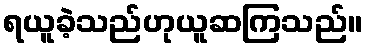
ရယူခဲ့သည်ဟုယူဆကြသည်။